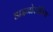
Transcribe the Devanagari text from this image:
डाइनोसॉरिया